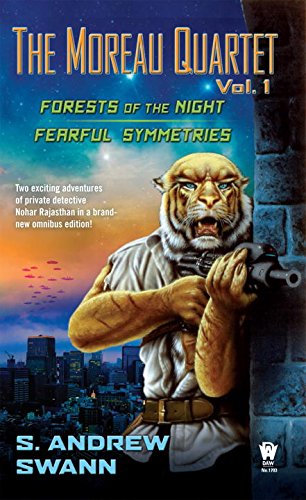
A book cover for The Moreau Quartet: Volume One; S. Andrew Swann; Science Fiction & Fantasy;